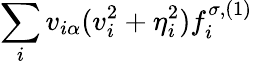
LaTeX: \sum_{i}v_{i\alpha}(v_{i}^{2}+\eta_{i}^{2})f_{i}^{\sigma,(1)}